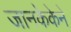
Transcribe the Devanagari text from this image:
जानकेकेने